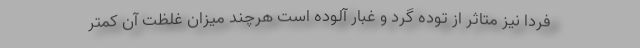
فردا نیز متاثر از توده گرد و غبار آلوده است هرچند میزان غلظت آن کمتر